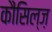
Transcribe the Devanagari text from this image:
कौंसिल्‍ज़